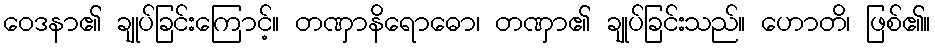
ဝေဒနာ၏ ချုပ်ခြင်းကြောင့်။ တဏှာနိရောဓော၊ တဏှာ၏ ချုပ်ခြင်းသည်။ ဟောတိ၊ ဖြစ်၏။